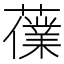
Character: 𧀸